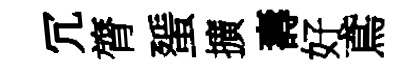
冗膂蜑擴壽好鳶